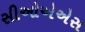
સીઓએએસ